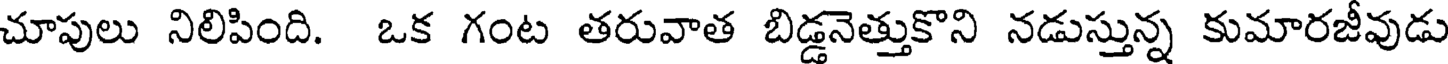
చూపులు నిలిపింది. ఒక గంట తరువాత బిడ్డనెత్తుకొని నడుస్తున్న కుమారజీవుడు